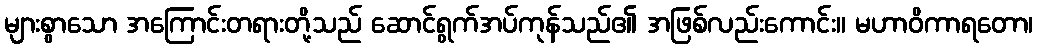
များစွာသော အကြောင်းတရားတို့သည် ဆောင်ရွက်အပ်ကုန်သည်၏ အဖြစ်လည်းကောင်း။ မဟာဝိကာရတော၊